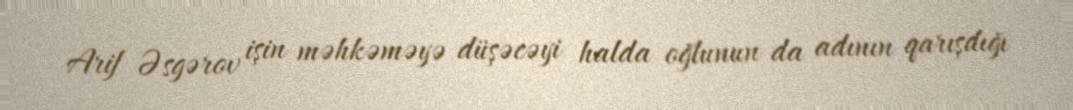
Arif Əsgərov işin məhkəməyə düşəcəyi halda oğlunun da adının qarışdığı